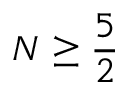
N \geq \frac 5 2